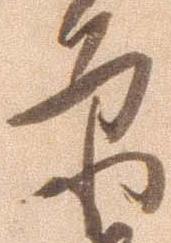
原